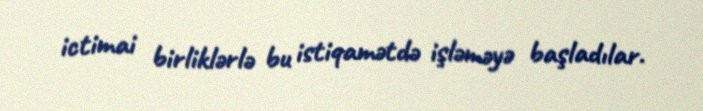
ictimai birliklərlə bu istiqamətdə işləməyə başladılar.